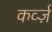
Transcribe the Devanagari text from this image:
कर्व्ज़